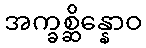
အက္ခစ္ဆိန္နောဝ